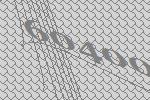
60400